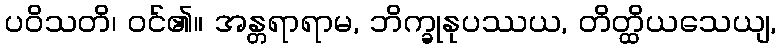
ပဝိသတိ၊ ဝင်၏။ အန္တရာရာမ, ဘိက္ခုနုပဿယ, တိတ္ထိယသေယျ,